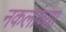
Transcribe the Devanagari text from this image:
नकलांच्या